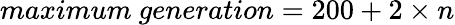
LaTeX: maximum~generation=200+2\times n